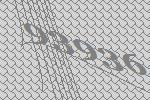
93936